Vaccine operations Central Provinces 1868-1885 - 1868-1885
Year: 1868
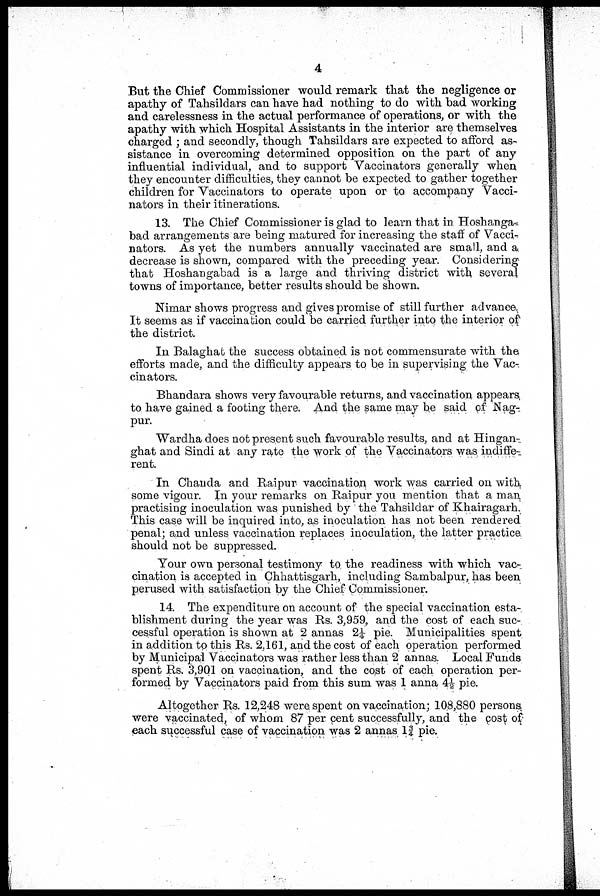
4
But the Chief Commissioner would remark that the negligence or
apathy of Tahsildars can have had nothing to do with bad working
and carelessness in the actual performance of operations, or with the
apathy with which Hospital Assistants in the interior are themselves
charged ; and secondly, though Tahsildars are expected to afford as-
sistance in overcoming determined opposition on the part of any
influential individual, and to support Vaccinators generally when
they encounter difficulties, they cannot be expected to gather together
children for Vaccinators to operate upon or to accompany Vacci-
nators in their itinerations.
13. The Chief Commissioner is glad to learn that in Hoshanga
bad arrangements are being matured for increasing the staff of Vacci-
nators. As yet the numbers annually vaccinated are small, and a,
decrease is shown, compared with the preceding year. Considering
that Hoshangabad is a large and thriving district with several
towns of importance, better results should be shown.
Nimar shows progress and gives promise of still further advance.
It seems as if vaccination could be carried further into the interior of
the district.
In Balaghat the success obtained is not commensurate with the
efforts made, and the difficulty appears to be in supervising the Vac-
cinators.
Bhandara shows very favourable returns, and vaccination appears
to have gained a footing there. And the same may be said of Nag-
pur.
Wardha does not present such favourable results, and at Hingan-
ghat and Sindi at any rate the work of the Vaccinators was indiffe-
rent.
In Chanda and Raipur vaccination work was carried on with
some vigour. In your remarks on Raipur you mention that a man
practising inoculation was punished by the Tahsildar of Khairagarh.
This case will be inquired into, as inoculation has not been rendered
penal; and unless vaccination replaces inoculation, the latter practice
should not be suppressed.
Your own personal testimony to the readiness with which vac-
cination is accepted in Chhattisgarh, including Sambalpur, has been
perused with satisfaction by the Chief Commissioner.
14. The expenditure on account of the special vaccination esta-
blishment during the year was Rs. 3,959, and the cost of each suc-
cessful operation is shown at 2 annas 2¼ pie. Municipalities spent
in addition to this Rs. 2,161, and the cost of each operation performed
by Municipal Vaccinators was rather less than 2 annas. Local Funds
spent Rs. 3,901 on vaccination, and the cost of each operation per-
formed by Vaccinators paid from this sum was 1 anna 4½ pie.
Altogether Rs. 12,248 were spent on vaccination; 108,880 persons
were vaccinated, of whom 87 per cent successfully, and the cost of
each successful case of vaccination was 2 annas 1¾ pie.